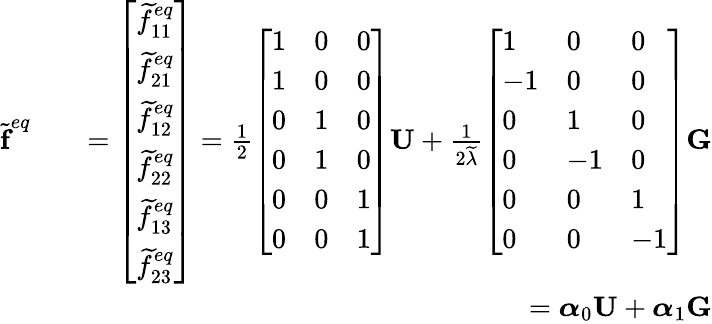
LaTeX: \begin{array}{rlr}{\widetilde{\textbf{f}}^{eq}}&{}&{=\left[\begin{array}{l}{\widetilde{f}_{11}^{eq}}\\ {\widetilde{f}_{21}^{eq}}\\ {\widetilde{f}_{12}^{eq}}\\ {\widetilde{f}_{22}^{eq}}\\ {\widetilde{f}_{13}^{eq}}\\ {\widetilde{f}_{23}^{eq}}\end{array}\right]=\frac{1}{2}\left[\begin{array}{lll}{1}&{0}&{0}\\ {1}&{0}&{0}\\ {0}&{1}&{0}\\ {0}&{1}&{0}\\ {0}&{0}&{1}\\ {0}&{0}&{1}\end{array}\right]\textbf{U}+\frac{1}{2\widetilde{\lambda}}\left[\begin{array}{lll}{1}&{0}&{0}\\ {-1}&{0}&{0}\\ {0}&{1}&{0}\\ {0}&{-1}&{0}\\ {0}&{0}&{1}\\ {0}&{0}&{-1}\end{array}\right]\textbf{G}}\\ &{}&{=\boldsymbol{\alpha}_{0}\textbf{U}+\boldsymbol{\alpha}_{1}\textbf{G}}\end{array}